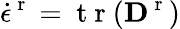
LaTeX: \dot{\epsilon}^{\mathrm{~r~}}=\mathrm{~t~r~}({\mathbf D}^{\mathrm{~r~}})